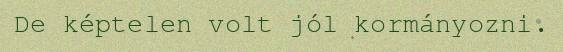
De képtelen volt jól kormányozni.